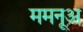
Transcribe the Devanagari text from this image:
ममनूअ